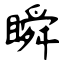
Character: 瞬